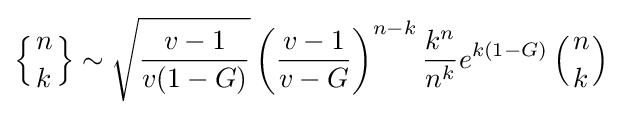
\left\{{n \atop k}\right\}\sim {\sqrt {\frac {v-1}{v(1-G)}}}\left({\frac {v-1}{v-G}}\right)^{n-k}{\frac {k^{n}}{n^{k}}}e^{k(1-G)}\left({n \atop k}\right)